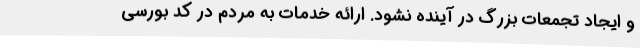
و ایجاد تجمعات بزرگ در آینده نشود. ارائه خدمات به مردم در کد بورسی